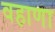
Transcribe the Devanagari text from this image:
वहाणा